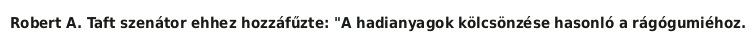
Robert A. Taft szenátor ehhez hozzáfűzte: "A hadianyagok kölcsönzése hasonló a rágógumiéhoz.